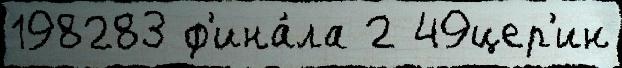
198283 ф'ина́ла 2 49цер'ин